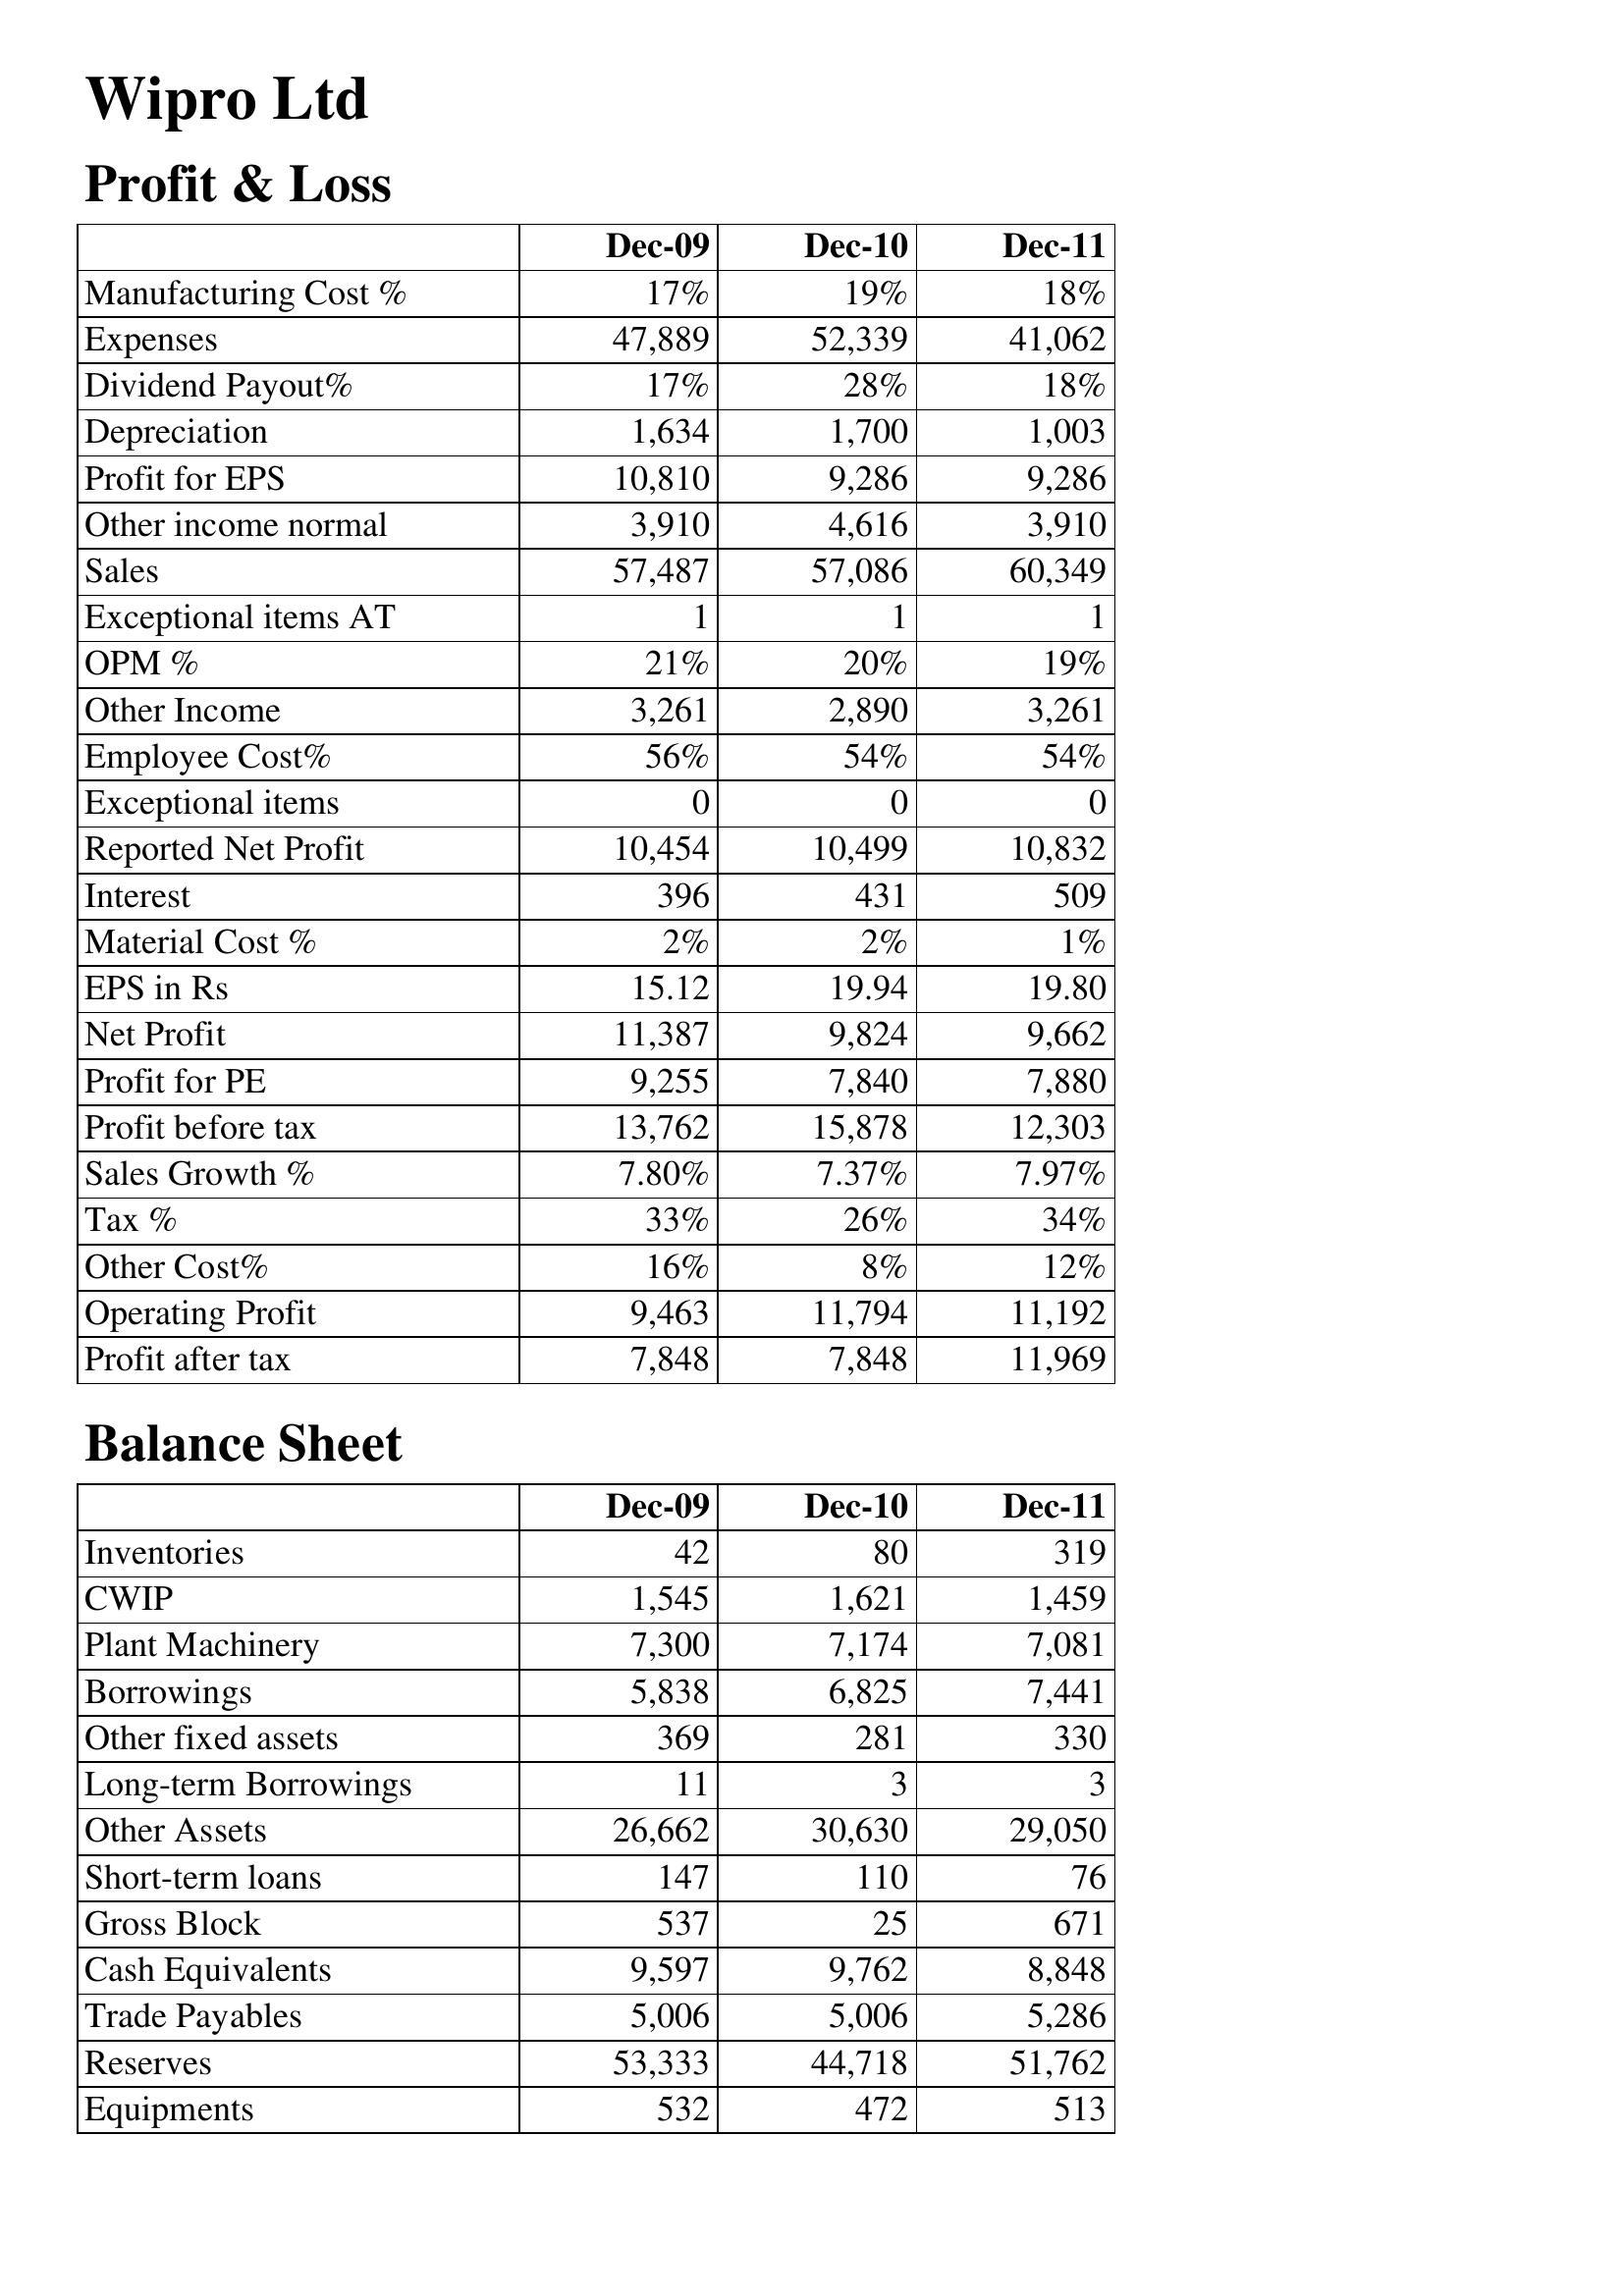
Dec-09: Profit & Loss: Manufacturing Cost %: 17%
Expenses: 47,889
Dividend Payout%: 17%
Depreciation: 1,634
Profit for EPS: 10,810
Other income normal: 3,910
Sales: 57,487
Exceptional items AT: 1
OPM %: 21%
Other Income: 3,261
Employee Cost%: 56%
Exceptional items: 0
Reported Net Profit: 10,454
Interest: 396
Material Cost %: 2%
EPS in Rs: 15.12
Net Profit: 11,387
Profit for PE: 9,255
Profit before tax: 13,762
Sales Growth %: 7.80%
Tax %: 33%
Other Cost%: 16%
Operating Profit: 9,463
Profit after tax: 7,848
Balance Sheet: Inventories: 42
CWIP: 1,545
Plant Machinery: 7,300
Borrowings: 5,838
Other fixed assets: 369
Long-term Borrowings: 11
Other Assets: 26,662
Short-term loans: 147
Gross Block: 537
Cash Equivalents: 9,597
Trade Payables: 5,006
Reserves: 53,333
Equipments: 532
Dec-10: Profit & Loss: Manufacturing Cost %: 19%
Expenses: 52,339
Dividend Payout%: 28%
Depreciation: 1,700
Profit for EPS: 9,286
Other income normal: 4,616
Sales: 57,086
Exceptional items AT: 1
OPM %: 20%
Other Income: 2,890
Employee Cost%: 54%
Exceptional items: 0
Reported Net Profit: 10,499
Interest: 431
Material Cost %: 2%
EPS in Rs: 19.94
Net Profit: 9,824
Profit for PE: 7,840
Profit before tax: 15,878
Sales Growth %: 7.37%
Tax %: 26%
Other Cost%: 8%
Operating Profit: 11,794
Profit after tax: 7,848
Balance Sheet: Inventories: 80
CWIP: 1,621
Plant Machinery: 7,174
Borrowings: 6,825
Other fixed assets: 281
Long-term Borrowings: 3
Other Assets: 30,630
Short-term loans: 110
Gross Block: 25
Cash Equivalents: 9,762
Trade Payables: 5,006
Reserves: 44,718
Equipments: 472
Dec-11: Profit & Loss: Manufacturing Cost %: 18%
Expenses: 41,062
Dividend Payout%: 18%
Depreciation: 1,003
Profit for EPS: 9,286
Other income normal: 3,910
Sales: 60,349
Exceptional items AT: 1
OPM %: 19%
Other Income: 3,261
Employee Cost%: 54%
Exceptional items: 0
Reported Net Profit: 10,832
Interest: 509
Material Cost %: 1%
EPS in Rs: 19.80
Net Profit: 9,662
Profit for PE: 7,880
Profit before tax: 12,303
Sales Growth %: 7.97%
Tax %: 34%
Other Cost%: 12%
Operating Profit: 11,192
Profit after tax: 11,969
Balance Sheet: Inventories: 319
CWIP: 1,459
Plant Machinery: 7,081
Borrowings: 7,441
Other fixed assets: 330
Long-term Borrowings: 3
Other Assets: 29,050
Short-term loans: 76
Gross Block: 671
Cash Equivalents: 8,848
Trade Payables: 5,286
Reserves: 51,762
Equipments: 513